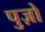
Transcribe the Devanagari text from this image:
पुज़ो